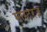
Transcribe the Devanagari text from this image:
मास्टरज़